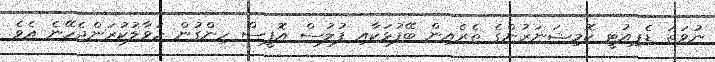
ނުވަތަ ޑެޕިއުޓީ ކޮމިޝަނަރުންގެ ތެރެއިން ބޭފުޅަކާއި ފުލުސް އޮފީސް ހިންގުން ހަވާލުކުރަންޖެހޭނެ އެވެ.